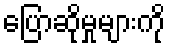
ပြောဆိုမှုများကို